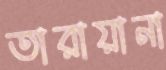
তারায়ানা